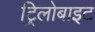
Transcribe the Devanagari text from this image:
ट्रिलोबाइट